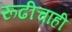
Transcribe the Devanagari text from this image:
रूढीचाही